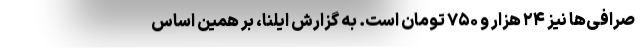
صرافی‌ها نیز ۲۴ هزار و ۷۵۰ تومان است. به گزارش ایلنا، بر همین‌ اساس